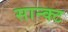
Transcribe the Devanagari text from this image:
सान्क्ट